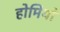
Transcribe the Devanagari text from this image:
होमियो